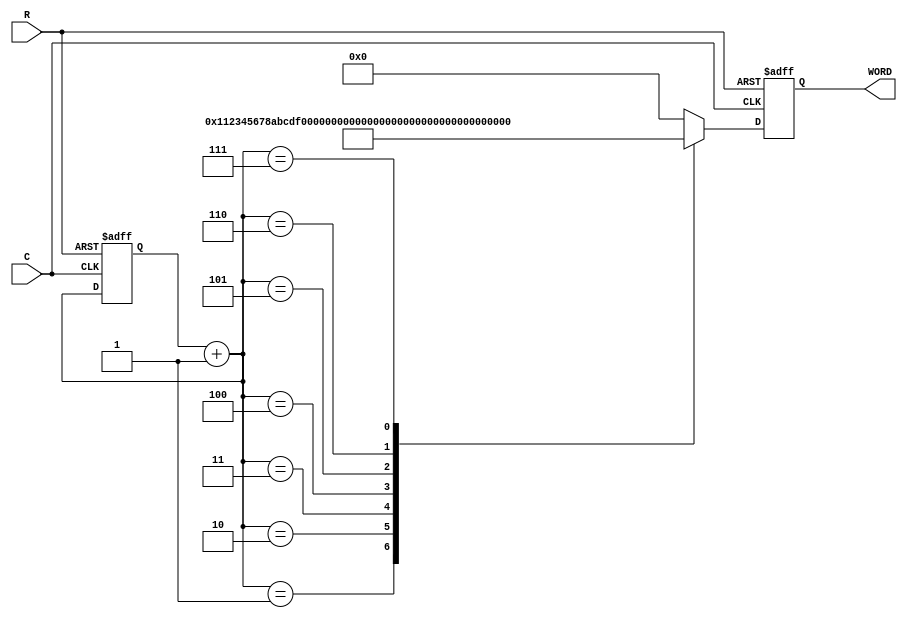
module TestDataGen
(
// {{ALTERA_ARGS_BEGIN}} DO NOT REMOVE THIS LINE!
R, C, WORD
// {{ALTERA_ARGS_END}} DO NOT REMOVE THIS LINE!
);
// Port Declaration

// {{ALTERA_IO_BEGIN}} DO NOT REMOVE THIS LINE!
input R;
input C;
output 	[0:31]	WORD;
// {{ALTERA_IO_END}} DO NOT REMOVE THIS LINE!
reg		[0:31]	WORD;
reg		[0:2]		COUNTER;

always @(posedge R or posedge C)
begin
	if (R == 1'b1)
	begin
		COUNTER <= 3'b000;
		WORD <= 32'h0000_0000;
	end
	else if (C == 1'b1)
	begin
		COUNTER = COUNTER + 1;
		case (COUNTER)
		3'b001: 	WORD <= 32'h0000_0001;
		3'b010:	WORD <= 32'h1234_5678;
		3'b011:	WORD <= 32'hABCD_EF00;
		3'b100:	WORD <= 32'hBAD0_E0F0;
		3'b101:	WORD <= 32'hFFFF_FFFF;
		3'b110: 	WORD <= 32'h0128_0256;
		3'b111:	WORD <= 32'hAAAA_AAAA;
		default: WORD <= 32'h0000_0000;
		endcase
	end
end

endmodule